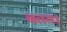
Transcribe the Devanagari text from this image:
बतय।